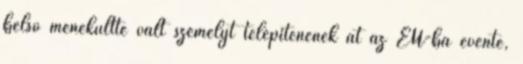
belső menekültté vált személyt telepítenének át az EU-ba évente,